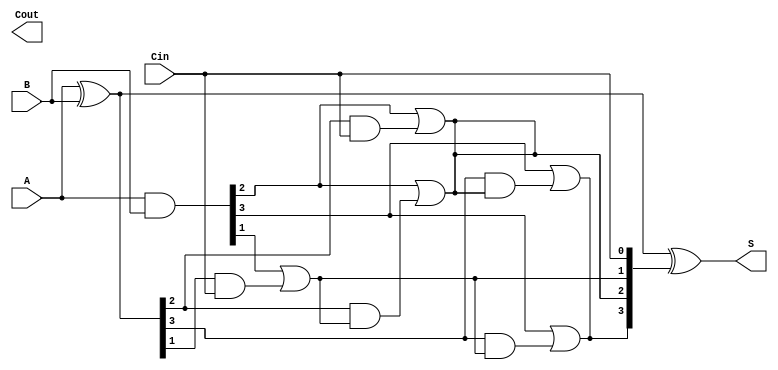
module KoggeStoneAdder #(parameter N = 4) (
    input  [N-1:0] A,      // First operand
    input  [N-1:0] B,      // Second operand
    input         Cin,      // Carry-in
    output [N-1:0] S,      // Sum output
    output        Cout      // Carry-out
);

    wire [N-1:0] G;        // Generate signals
    wire [N-1:0] P;        // Propagate signals
    wire [N:0] C;          // Carry signals (C[0] = Cin)

    // Generate and propagate signals
    assign G = A & B;      // Generate
    assign P = A ^ B;      // Propagate

    // Carry computation
    assign C[0] = Cin;     // Initial carry
    genvar i, k;

    // Kogge-Stone carry generation
    generate
        for (k = 0; k < $clog2(N); k = k + 1) begin : carry_gen
            for (i = 0; i < N; i = i + 1) begin : carry_level
                if (i >= (1 << k)) begin
                    assign C[i] = G[i] | (P[i] & C[i - (1 << k)]);
                end else begin
                    assign C[i] = C[i]; // Carry remains the same for this level
                end
            end
        end
    endgenerate

    // Sum calculation
    assign S = P ^ C[N-1:0]; // Sum outputs
    assign Cout = C[N];      // Final carry-out

endmodule